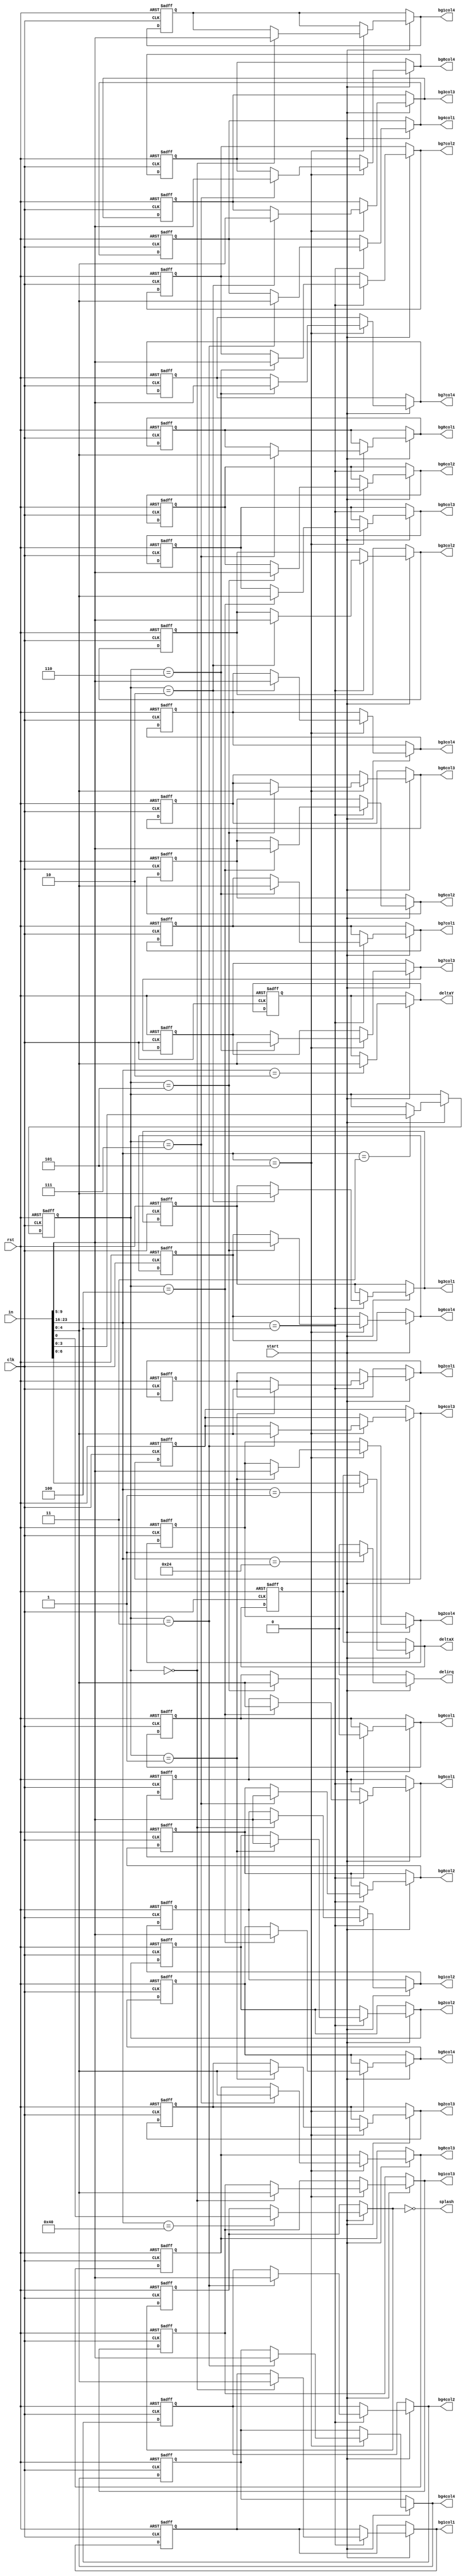
module deltaController(
	input clk,
	input rst,
	
	input[23:0] in,
	input start,
	
	output reg delirq,
	
	output splash,
	
	output reg[4:0] deltaY,
	output reg[6:0] deltaX,
	
	output reg[4:0] bg1col1,
	output reg[4:0] bg1col2,
	output reg[4:0] bg1col3,
	output reg[4:0] bg1col4,
	
	output reg[4:0] bg2col1,
	output reg[4:0] bg2col2,
	output reg[4:0] bg2col3,
	output reg[4:0] bg2col4,
	
	output reg[4:0] bg3col1,
	output reg[4:0] bg3col2,
	output reg[4:0] bg3col3,
	output reg[4:0] bg3col4,
	
	output reg[4:0] bg4col1,
	output reg[4:0] bg4col2,
	output reg[4:0] bg4col3,
	output reg[4:0] bg4col4,
	
	output reg[4:0] bg5col1,
	output reg[4:0] bg5col2,
	output reg[4:0] bg5col3,
	output reg[4:0] bg5col4,
	
	output reg[4:0] bg6col1,
	output reg[4:0] bg6col2,
	output reg[4:0] bg6col3,
	output reg[4:0] bg6col4,
	
	output reg[4:0] bg7col1,
	output reg[4:0] bg7col2,
	output reg[4:0] bg7col3,
	output reg[4:0] bg7col4,
	
	output reg[4:0] bg8col1,
	output reg[4:0] bg8col2,
	output reg[4:0] bg8col3,
	output reg[4:0] bg8col4
	
);
reg n_splash =0;
reg f_splash = 0;

reg[4:0] f_deltaY;
reg[6:0] f_deltaX;

reg[4:0] f_bg1col1;
reg[4:0] f_bg1col2;
reg[4:0] f_bg1col3;
reg[4:0] f_bg1col4;

reg[4:0] f_bg2col1;
reg[4:0] f_bg2col2;
reg[4:0] f_bg2col3;
reg[4:0] f_bg2col4;

reg[4:0] f_bg3col1;
reg[4:0] f_bg3col2;
reg[4:0] f_bg3col3;
reg[4:0] f_bg3col4;

reg[4:0] f_bg4col1;
reg[4:0] f_bg4col2;
reg[4:0] f_bg4col3;
reg[4:0] f_bg4col4;

reg[4:0] f_bg5col1;
reg[4:0] f_bg5col2;
reg[4:0] f_bg5col3;
reg[4:0] f_bg5col4;

reg[4:0] f_bg6col1;
reg[4:0] f_bg6col2;
reg[4:0] f_bg6col3;
reg[4:0] f_bg6col4;

reg[4:0] f_bg7col1;
reg[4:0] f_bg7col2;
reg[4:0] f_bg7col3;
reg[4:0] f_bg7col4;

reg[4:0] f_bg8col1;
reg[4:0] f_bg8col2;
reg[4:0] f_bg8col3;
reg[4:0] f_bg8col4;


reg[3:0] f_typePalette = 0;

reg[3:0] typePalette = 0;
always@(posedge clk or posedge rst)begin
	if(rst)begin
	
		f_splash <= 0;
		f_deltaX <= 0;
		f_deltaY <= 0;
		
		f_typePalette <= 0;
		
		f_bg1col1 <= 0;
		f_bg1col2 <= 0;
		f_bg1col3 <= 0;
		f_bg1col4 <= 0;
		
		f_bg2col1 <= 0;
		f_bg2col2 <= 0;
		f_bg2col3 <= 0;
		f_bg2col4 <= 0;
		
		f_bg3col1 <= 0;
		f_bg3col2 <= 0;
		f_bg3col3 <= 0;
		f_bg3col4 <= 0;
		
		f_bg4col1 <= 0;
		f_bg4col2 <= 0;
		f_bg4col3 <= 0;
		f_bg4col4 <= 0;
		
		f_bg5col1 <= 0;
		f_bg5col2 <= 0;
		f_bg5col3 <= 0;
		f_bg5col4 <= 0;
		
		f_bg6col1 <= 0;
		f_bg6col2 <= 0;
		f_bg6col3 <= 0;
		f_bg6col4 <= 0;
		
		f_bg7col1 <= 0;
		f_bg7col2 <= 0;
		f_bg7col3 <= 0;
		f_bg7col4 <= 0;
		
		f_bg8col1 <= 0;
		f_bg8col2 <= 0;
		f_bg8col3 <= 0;
		f_bg8col4 <= 0;
	end else
	begin
	
		f_splash <= n_splash;
		
		f_deltaX <= deltaX;
		f_deltaY <= deltaY;
		
		f_typePalette <= typePalette;
		
		f_bg1col1 <= bg1col1;
		f_bg1col2 <= bg1col2;
		f_bg1col3 <= bg1col3;
		f_bg1col4 <= bg1col4;
		
		f_bg2col1 <= bg2col1;
		f_bg2col2 <= bg2col2;
		f_bg2col3 <= bg2col3;
		f_bg2col4 <= bg2col4;
		
		f_bg3col1 <= bg3col1;
		f_bg3col2 <= bg3col2;
		f_bg3col3 <= bg3col3;
		f_bg3col4 <= bg3col4;
		
		f_bg4col1 <= bg4col1;
		f_bg4col2 <= bg4col2;
		f_bg4col3 <= bg4col3;
		f_bg4col4 <= bg4col4;
		
		f_bg5col1 <= bg5col1;
		f_bg5col2 <= bg5col2;
		f_bg5col3 <= bg5col3;
		f_bg5col4 <= bg5col4;
		
		f_bg6col1 <= bg6col1;
		f_bg6col2 <= bg6col2;
		f_bg6col3 <= bg6col3;
		f_bg6col4 <= bg6col4;
		
		f_bg7col1 <= bg7col1;
		f_bg7col2 <= bg7col2;
		f_bg7col3 <= bg7col3;
		f_bg7col4 <= bg7col4;
		
		f_bg8col1 <= bg8col1;
		f_bg8col2 <= bg8col2;
		f_bg8col3 <= bg8col3;
		f_bg8col4 <= bg8col4;
	end

	
end

always@(*)begin
	deltaX = f_deltaX;
	deltaY = f_deltaY;
	
	n_splash = f_splash;
	
	typePalette = f_typePalette;
	
	bg1col1 = f_bg1col1;
	bg1col2 = f_bg1col2;
	bg1col3 = f_bg1col3;
	bg1col4 = f_bg1col4;
	
	bg2col1 = f_bg2col1;
	bg2col2 = f_bg2col2;
	bg2col3 = f_bg2col3;
	bg2col4 = f_bg2col4;
	
	bg3col1 = f_bg3col1;
	bg3col2 = f_bg3col2;
	bg3col3 = f_bg3col3;
	bg3col4 = f_bg3col4;
	
	bg4col1 = f_bg4col1;
	bg4col2 = f_bg4col2;
	bg4col3 = f_bg4col3;
	bg4col4 = f_bg4col4;
	
	bg5col1 = f_bg5col1;
	bg5col2 = f_bg5col2;
	bg5col3 = f_bg5col3;
	bg5col4 = f_bg5col4;
	
	bg6col1 = f_bg6col1;
	bg6col2 = f_bg6col2;
	bg6col3 = f_bg6col3;
	bg6col4 = f_bg6col4;
	
	bg7col1 = f_bg7col1;
	bg7col2 = f_bg7col2;
	bg7col3 = f_bg7col3;
	bg7col4 = f_bg7col4;
	
	bg8col1 = f_bg8col1;
	bg8col2 = f_bg8col2;
	bg8col3 = f_bg8col3;
	bg8col4 = f_bg8col4;
	
	delirq = 0;
	
	if(start)
		case(in[23:16])
			8'd64: n_splash = in[0];
			8'd36: delirq = 1;
			8'd1: deltaX = in[6:0]; // SET DELTA X
			8'd2: deltaY = in[4:0]; // SET DELTA Y
			8'd3: typePalette = in[3:0]; // GET PALETTE.NUMBER
			8'd4: case(f_typePalette) // SET PALETTE(NUMBER).COLORS1
						0: begin
							bg1col1 = in[4:0];
							bg1col2 = in[9:5];
						end
						1: begin
							bg2col1 = in[4:0];
							bg2col2 = in[9:5];
						end
						2: begin
							bg3col1 = in[4:0];
							bg3col2 = in[9:5];
						end
						3: begin
							bg4col1 = in[4:0];
							bg4col2 = in[9:5];
						end
						4: begin
							bg5col1 = in[4:0];
							bg5col2 = in[9:5];
						end
						5: begin
							bg6col1 = in[4:0];
							bg6col2 = in[9:5];
						end
						6: begin
							bg7col1 = in[4:0];
							bg7col2 = in[9:5];
						end
						7: begin
							bg8col1 = in[4:0];
							bg8col2 = in[9:5];
						end
						default:;
					endcase
				8'd5: case(f_typePalette) // SET PALETTE(NUMBER).COLORS2
						0: begin
							bg1col3 = in[4:0];
							bg1col4 = in[9:5];
						end
						1: begin
							bg2col3 = in[4:0];
							bg2col4 = in[9:5];
						end
						2: begin
							bg3col3 = in[4:0];
							bg3col4 = in[9:5];
						end
						3: begin
							bg4col3 = in[4:0];
							bg4col4 = in[9:5];
						end
						4: begin
							bg5col3 = in[4:0];
							bg5col4 = in[9:5];
						end
						5: begin
							bg6col3 = in[4:0];
							bg6col4 = in[9:5];
						end
						6: begin
							bg7col3 = in[4:0];
							bg7col4 = in[9:5];
						end
						7: begin
							bg8col3 = in[4:0];
							bg8col4 = in[9:5];
						end
						default:;
					endcase
			default:;
		endcase
	
end

assign splash = ~n_splash;

endmodule